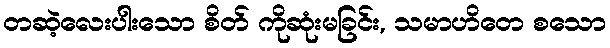
တဆဲ့လေးပါးသော စိတ် ကိုဆုံးမခြင်း, သမာဟိတေ စသော